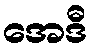
အေဒီ